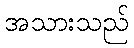
အသားသည်